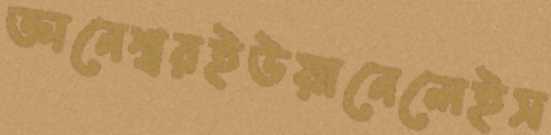
জ্ঞানেশ্বরইউয়ানেলেইস